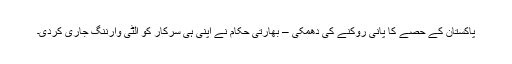
پاکستان کے حصے کا پانی روکنے کی دھمکی – بھارتی حکام نے اپنی ہی سرکار کو اُلٹی وارننگ جاری کردی۔